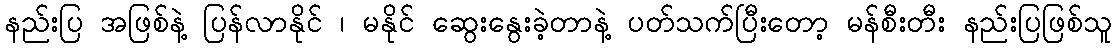
နည်းပြ အဖြစ်နဲ့ ပြန်လာနိုင် ၊ မနိုင် ဆွေးနွေးခဲ့တာနဲ့ ပတ်သက်ပြီးတော့ မန်စီးတီး နည်းပြဖြစ်သူ